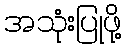
အသုံးပြုဖို့